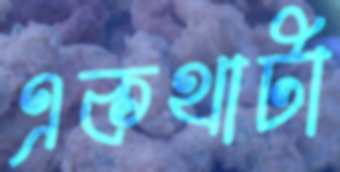
একথাটা